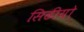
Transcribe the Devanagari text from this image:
सिढीयो